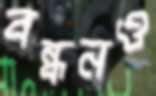
বন্ধনও